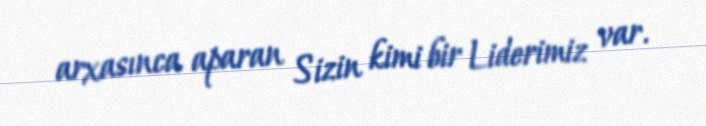
arxasınca aparan Sizin kimi bir Liderimiz var.